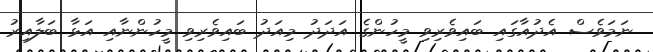
ނަމަވެސް އެދުއާގައި ބައިވެރިވި މީހުންގެ އަދަދު މިއަދު ބައިވެރިވި މީހުންނާއި އަޅާ ބަލާއިރު